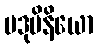
ပဒုမိနိယော